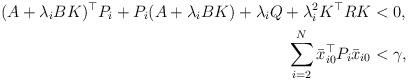
LaTeX: \begin{align*}(A + \lambda_i B K)^{\top}P_i + P_i (A + \lambda_i B K) + \lambda_i Q +\lambda_i^2 K^{\top}R K &<0, \\\sum_{i=2}^{N} \bar{x}_{i0}^{\top} P_i \bar{x}_{i0} & <\gamma, \end{align*}